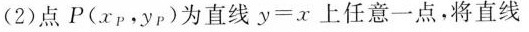
(2)点P(x_{p}，y_{p})为直线$$y = x$$上任意一点，将直线